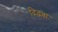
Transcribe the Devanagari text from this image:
दिढ़बा